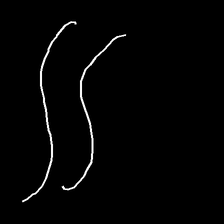
Glyph: float